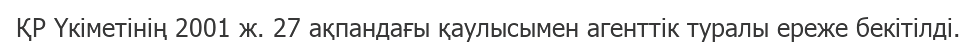
ҚР Үкіметінің 2001 ж. 27 ақпандағы қаулысымен агенттік туралы ереже бекітілді.